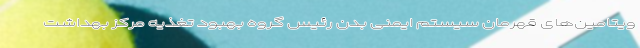
ویتامین‌های قهرمان سیستم ایمنی بدن رئیس گروه بهبود تغذیه مرکز بهداشت